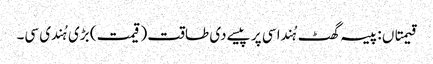
قیمتاں : پیسہ گھٹ ہُندا سی پر پیسے دی طاقت (قیمت) بڑی ہُندی سی۔